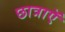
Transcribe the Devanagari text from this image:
छात्राएॅ